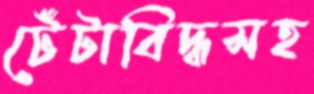
টেঁটাবিদ্ধসহ